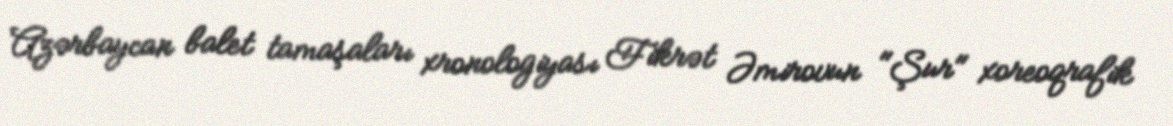
Azərbaycan balet tamaşaları xronologiyası Fikrət Əmirovun "Şur" xoreoqrafik